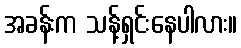
အခန်းက သန့်ရှင်းနေပါလား။